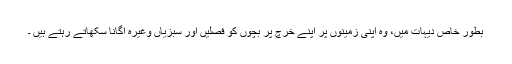
بطور خاص دیہات میں، وہ اپنی زمینوں پر اپنے خرچ پر بچوں کو فصلیں اور سبزیاں وغیرہ اگانا سکھاتے رہتے ہیں ۔